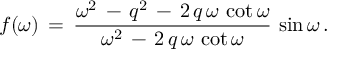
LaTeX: f ( \omega ) \, = \, \frac { \omega ^ { 2 } \, - \, q ^ { 2 } \, - \, 2 \, q \, \omega \, \cot \omega } { \omega ^ { 2 } \, - \, 2 \, q \, \omega \, \cot \omega } \, \sin \omega \, { . }